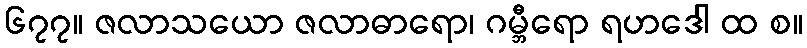
၆၇၇။ ဇလာသယော ဇလာဓာရော၊ ဂမ္ဘီရော ရဟဒေါ ထ စ။